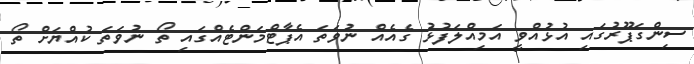
ސިންގަޕޫރުގައި އުޅުއްވީ އަމިއްލަފުޅު ގެއެއް ނުވަތަ އެޕާޓްމަންޓެއްގައި ތޯ ނުވަތަ ކުއްޔަށް ތޯ